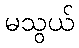
မသွယ်